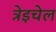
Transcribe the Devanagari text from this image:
त्रेइचेल